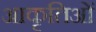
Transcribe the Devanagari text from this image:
आकृतिओं